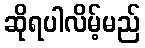
ဆိုရပါလိမ့်မည်